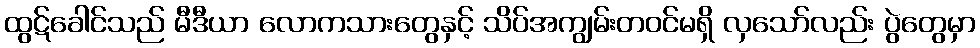
ထွဋ်ခေါင်သည် မီဒီယာ လောကသားတွေနှင့် သိပ်အကျွမ်းတဝင်မရှိ လှသော်လည်း ပွဲတွေမှာ